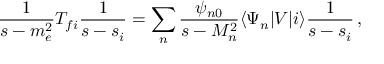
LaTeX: \frac { 1 } { s - m _ { e } ^ { 2 } } T _ { f i } \frac { 1 } { s - s _ { i } } = \sum _ { n } \frac { \psi _ { n 0 } } { s - M _ { n } ^ { 2 } } \langle \Psi _ { n } | V | i \rangle \frac { 1 } { s - s _ { i } } \, ,